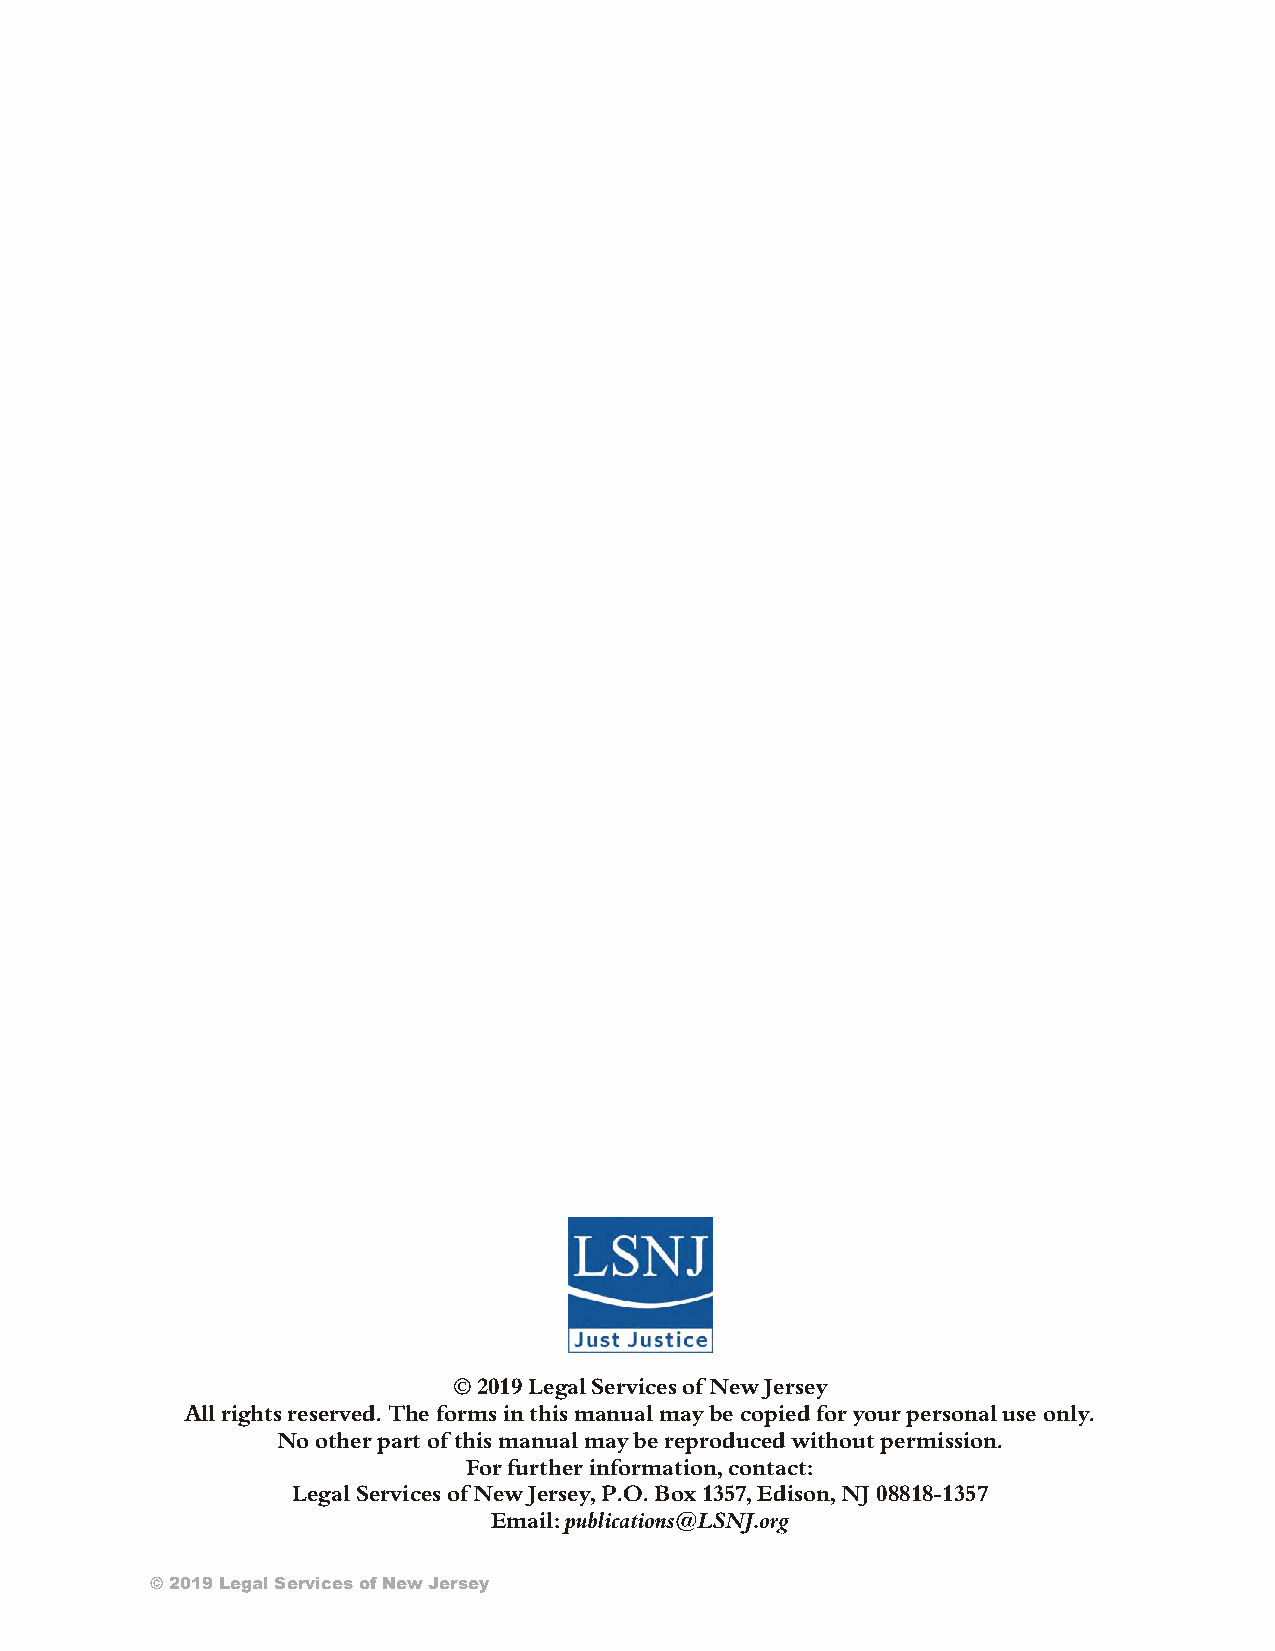
© 2019 Legal Services of New Jersey
 All rights reserved. The forms in this manual may be copied for your personal use only.
 No other part of this manual may be reproduced without permission.
 For further information, contact:
 Legal Services of New Jersey, P.O. Box 1357, Edison, NJ 08818-1357
 Email: publications@LSNJ.org
 © 2019 Legal Services of New Jersey